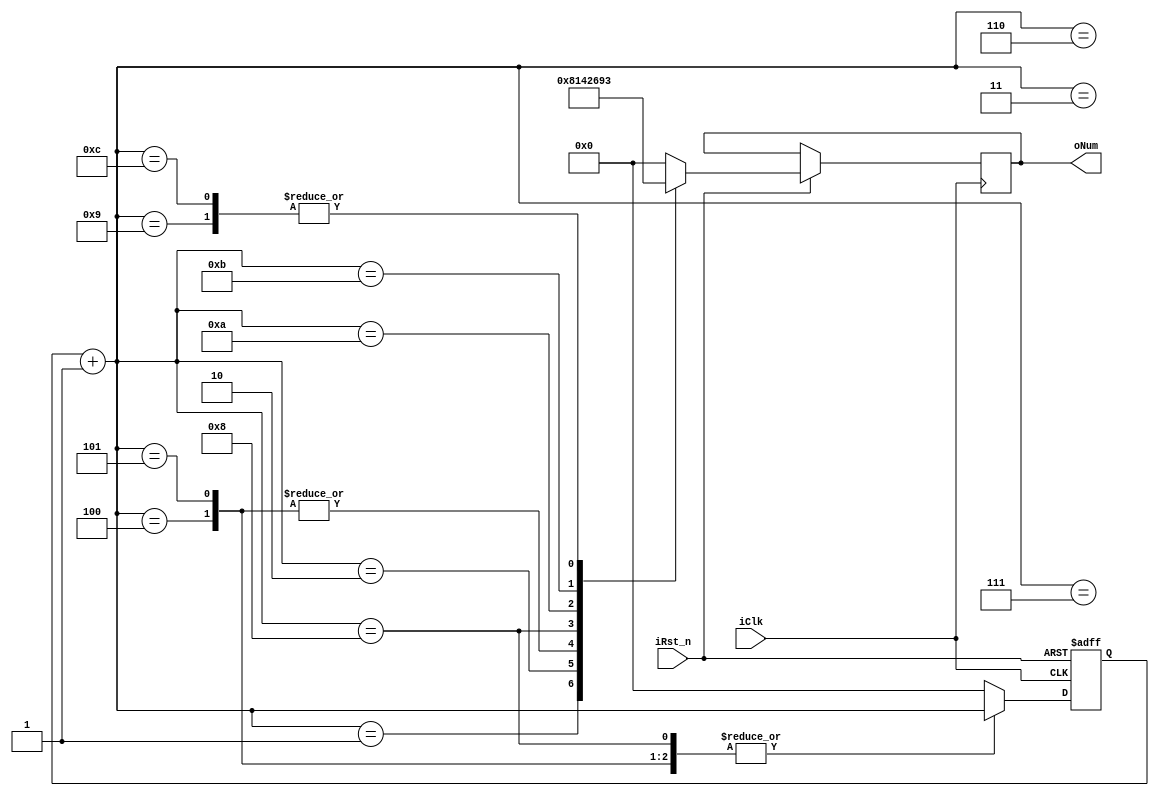
module hex_count (
  input            iClk,
  input            iRst_n,
  output reg [3:0] oNum
);

reg [3:0] count;

  always @ ( posedge iClk, negedge iRst_n ) begin
    if ( !iRst_n )begin
      count <= 4'b0;
    end else begin
      count = count + 1;
      case (count)
        4'd1: oNum = 4'd8;
        4'd2: oNum = 4'd1;
        4'd3: oNum = 4'd0;
        4'd4: oNum = 4'd4;
        4'd5: oNum = 4'd4;
        4'd6: oNum = 4'd0;
        4'd7: oNum = 4'd0;
        4'd8: oNum = 4'd2;
        4'd9: oNum = 4'd3;
        4'd10: oNum = 4'd6;
        4'd11: oNum = 4'd9;
        4'd12: begin
          count = 4'b0;
          oNum = 4'd3;
        end
        default: begin
          count = 4'b0;
          oNum = count;
        end
      endcase
    end
  end
endmodule